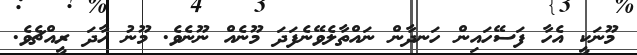
މޫނަކީ އެހާ ފަސޭހައިން ހަނދާން ނައްތާލެވޭނެފަދަ މޫނެއް ނޫނެވެ. މޫނު ހާދަ ރީއްޗެވެ.